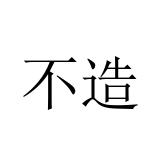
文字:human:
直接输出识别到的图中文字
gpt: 不造